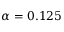
\alpha = 0 . 1 2 5